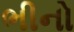
ભીનો